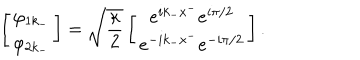
LaTeX: \left[ \begin{matrix} { { \varphi _ { 1 k _ { - } } } } \\ { { \varphi _ { 2 k _ { - } } } } \\ \end{matrix} \right] = \sqrt { { \frac { \kappa } { 2 } } } \left[ \begin{matrix} { { e ^ { i k _ { - } x ^ { - } } e ^ { i \pi / 2 } } } \\ { { e ^ { - i k _ { - } x ^ { - } } e ^ { - i \pi / 2 } } } \\ \end{matrix} \right] .